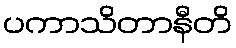
ပကာသိတာနီတိ